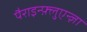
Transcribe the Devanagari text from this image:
पैराइन्फ़्लुएन्ज़ा